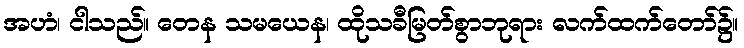
အဟံ၊ ငါသည်။ တေန သမယေန၊ ထိုသခီမြတ်စွာဘုရား လက်ထက်တော်၌။